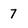
Character: 7